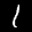
Label: 1